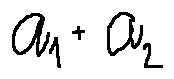
a _ { 1 } + a _ { 2 }